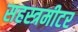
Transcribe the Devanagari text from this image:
सहस्त्रमीटर